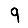
Digit: 9